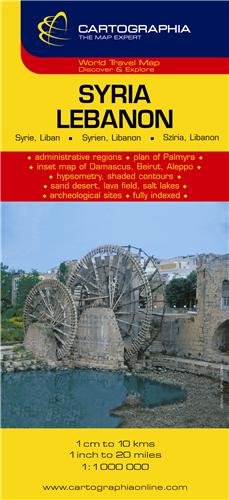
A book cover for Syria, Lebanon = Syrie, Liban = Syrien, Libanon = Sziria, Libanon (Country Map); Cartographia; Travel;